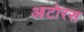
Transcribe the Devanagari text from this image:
आटोरस